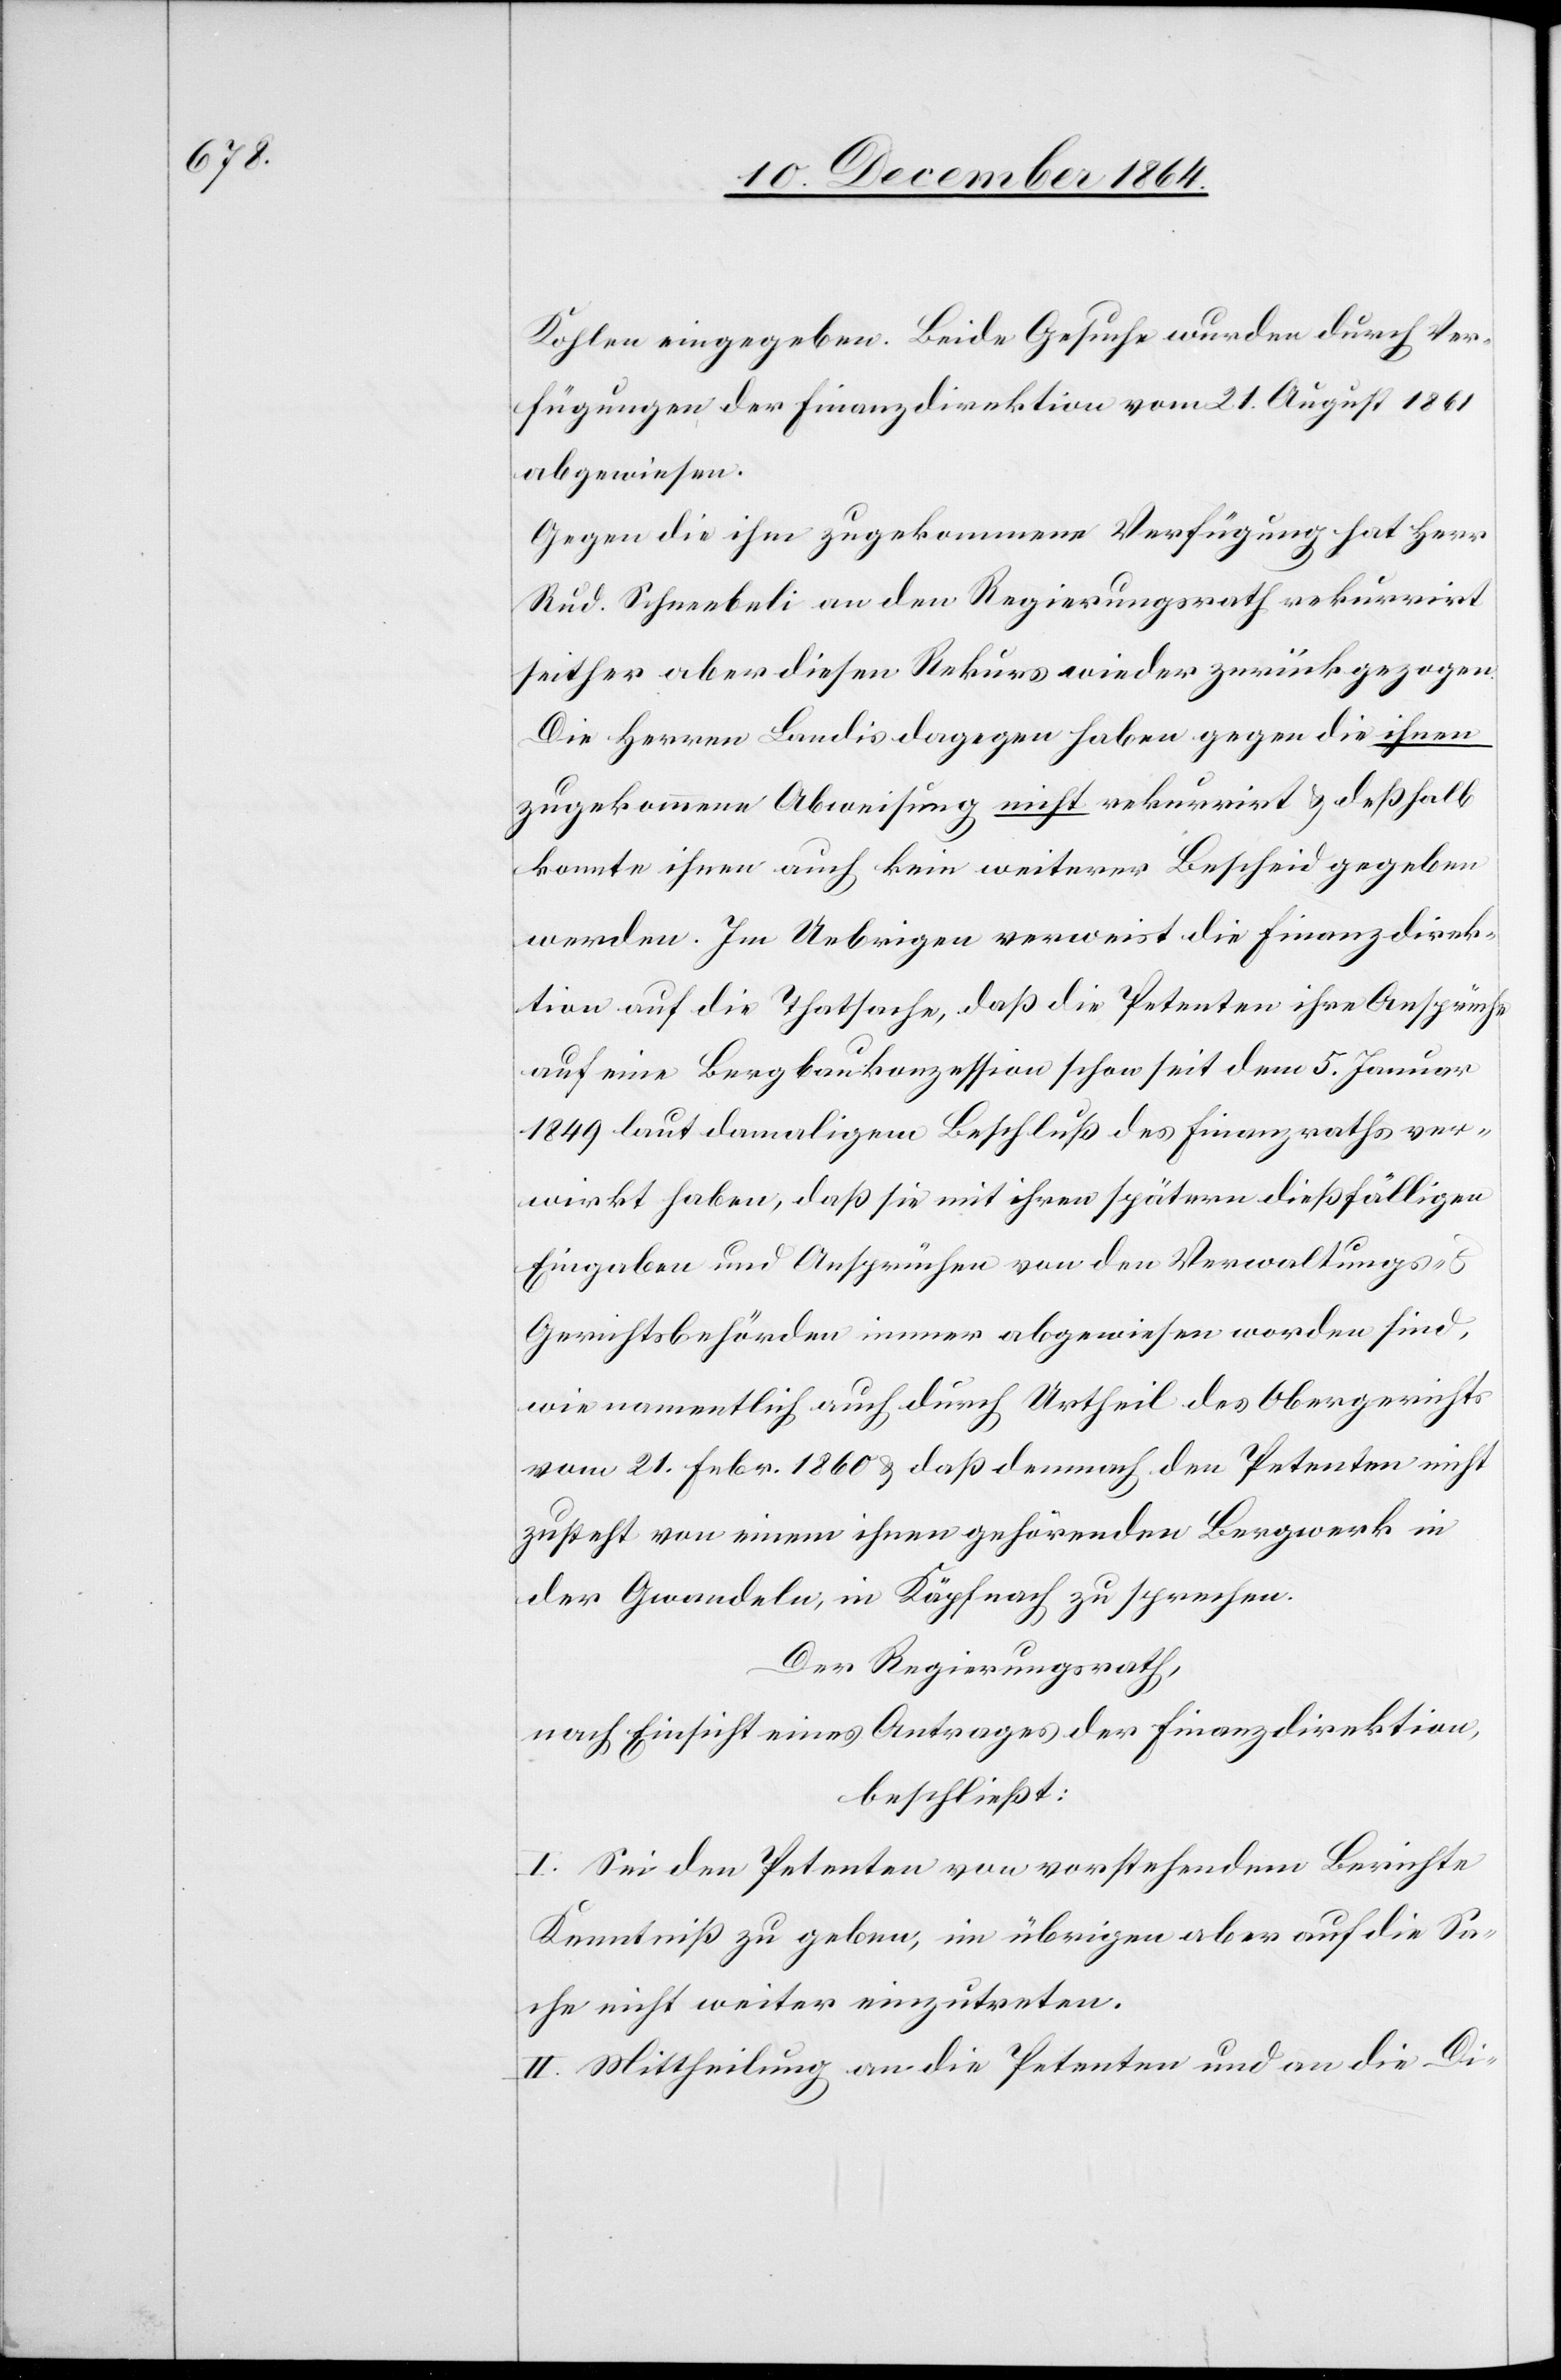
Kohlen eingegeben. Beide Gesuche wurden durch Ver¬
fügungen der Finanzdirektion vom 21. August 1861
abgewiesen.
Gegen die ihm zugekommene Verfügung hat Ru¬
d. Schneebeli an den Regierungsrath rekurrirt
seither aber diesen Rekurs wieder zurückgezogen.
Die Herren Landis dagegen haben gegen die ihnen
zugekommene Abweisung nicht rekurrirt & deßhalb
konnte ihnen auch kein weiterer Bescheid gegeben
werden. Im Uebrigen verweist die Finanzdirek¬
tion auf die Thatsache, daß die Petenten ihre Ansprüche
auf eine Bergbaukonzession schon seit dem 5. Januar
1849 laut damaligem Beschluß des Finanzraths ver¬
wirkt haben, daß sie mit ihren spätern dießfälligen
Eingaben und Ansprüchen von den Verwaltungs-
Gerichtsbehörden immer abgewiesen worden sind,
wie namentlich auch durch Urtheil des Obergerichtes
vom 21. Febr. 1860 & daß demnach den Petenten nicht
zusteht von einem ihnen gehörenden Bergwerk in
der Gwandeln [sic!], in Käpfnach, zu sprechen.
Der Regierungsrath,
nach Einsicht eines Antrages der Finanzdirektion,
beschließt:
I. Sei den Petenten von vorstehendem Berichte
Kenntniß zu geben, im übrigen aber auf die Sa¬
che nicht weiter einzutreten.
II. Mittheilung an die Petenten und an die Di-